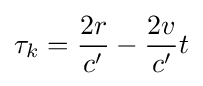
\tau _{k}={\frac {2r}{c'}}-{\frac {2v}{c'}}t